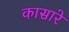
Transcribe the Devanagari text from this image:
कासारे